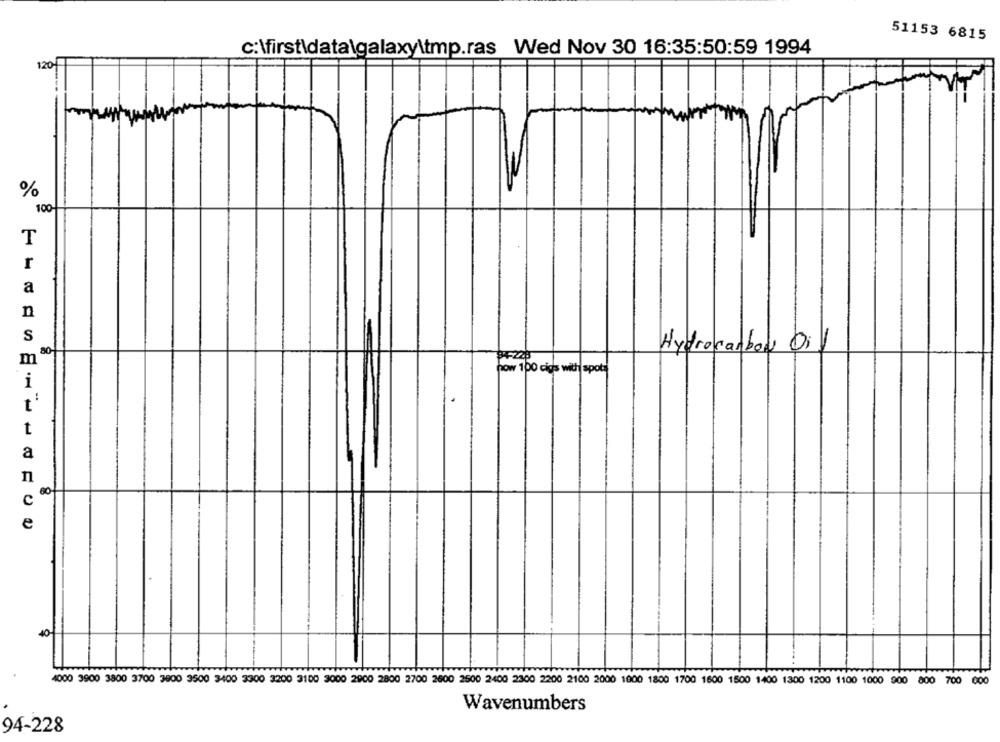
51153 6815
c:\first\data\galaxy\tmp.ras Wed Nov 30 16:35:50:59 1994
120
%
100-
T
r
a
n
S
80
Hydrocarbon Di
84-228
how 100 cigs with spots
i
t
t
a
n
00-
4000 3900 3800 3700 3900 3500 3400 3300 3200 3100 3000 2900 2800 2700 2600 2500 2400 2300 2200 2100 2000 1000 1800 1700 1600 1500 1400 1300 1200 1100 1000 900 800 700 000
Wavenumbers
94-228